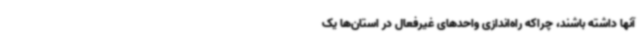
آنها داشته باشند، چراکه راه‌اندازی واحدهای غیرفعال در استان‌ها یک